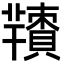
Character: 𦏙